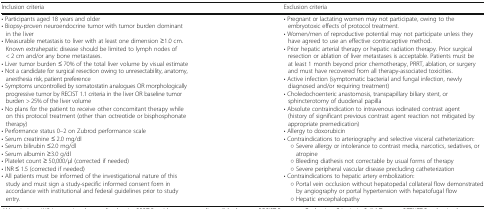
<table><thead><tr><td><b>Inclusion criteria</b></td><td><b>Exclusion criteria</b></td></tr></thead><tbody><tr><td>• Participants aged 18 years and older• Biopsy-proven neuroendocrine tumor with tumor burden dominant in the liver• Measurable metastasis to liver with at least one dimension ≥1.0 cm. Known extrahepatic disease should be limited to lymph nodes of &lt; 2 cm and/or any bone metastases.• Liver tumor burden ≤ 70% of the total liver volume by visual estimate• Not a candidate for surgical resection owing to unresectability, anatomy, anesthesia risk, patient preference• Symptoms uncontrolled by somatostatin analogues OR morphologically progressive tumor by RECIST 1.1 criteria in the liver OR baseline tumor burden &gt; 25% of the liver volume• No plans for the patient to receive other concomitant therapy while on this protocol treatment (other than octreotide or bisphosphonate therapy)• Performance status 0–2 on Zubrod performance scale• Serum creatinine ≤ 2.0 mg/dl• Serum bilirubin ≤2.0 mg/dl• Serum albumin ≥3.0 g/dl• Platelet count ≥ 50,000/μl (corrected if needed)• INR ≤ 1.5 (corrected if needed)• All patients must be informed of the investigational nature of this study and must sign a study-specific informed consent form in accordance with institutional and federal guidelines prior to study entry.</td><td>• Pregnant or lactating women may not participate, owing to the embryotoxic effects of protocol treatment.• Women/men of reproductive potential may not participate unless they have agreed to use an effective contraceptive method.• Prior hepatic arterial therapy or hepatic radiation therapy. Prior surgical resection or ablation of liver metastases is acceptable. Patients must be at least 1 month beyond prior chemotherapy, PRRT, ablation, or surgery and must have recovered from all therapy-associated toxicities.• Active infection (symptomatic bacterial and fungal infection, newly diagnosed and/or requiring treatment)• Choledochoenteric anastomosis, transpapillary biliary stent, or sphincterotomy of duodenal papilla• Absolute contraindication to intravenous iodinated contrast agent (history of significant previous contrast agent reaction not mitigated by appropriate premedication)• Allergy to doxorubicin• Contraindications to arteriography and selective visceral catheterization: ○ Severe allergy or intolerance to contrast media, narcotics, sedatives, or atropine<i> ○</i> Bleeding diathesis not correctable by usual forms of therapy<i> ○</i> Severe peripheral vascular disease precluding catheterization• Contraindications to hepatic artery embolization:<i> ○</i> Portal vein occlusion without hepatopedal collateral flow demonstrated by angiography or portal hypertension with hepatofugal flow<i> ○</i> Hepatic encephalopathy</td></tr></tbody></table>